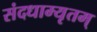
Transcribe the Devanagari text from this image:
संदधाम्यृतम्